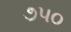
૭૫૦